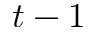
t - 1